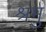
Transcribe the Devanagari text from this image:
श्रमु